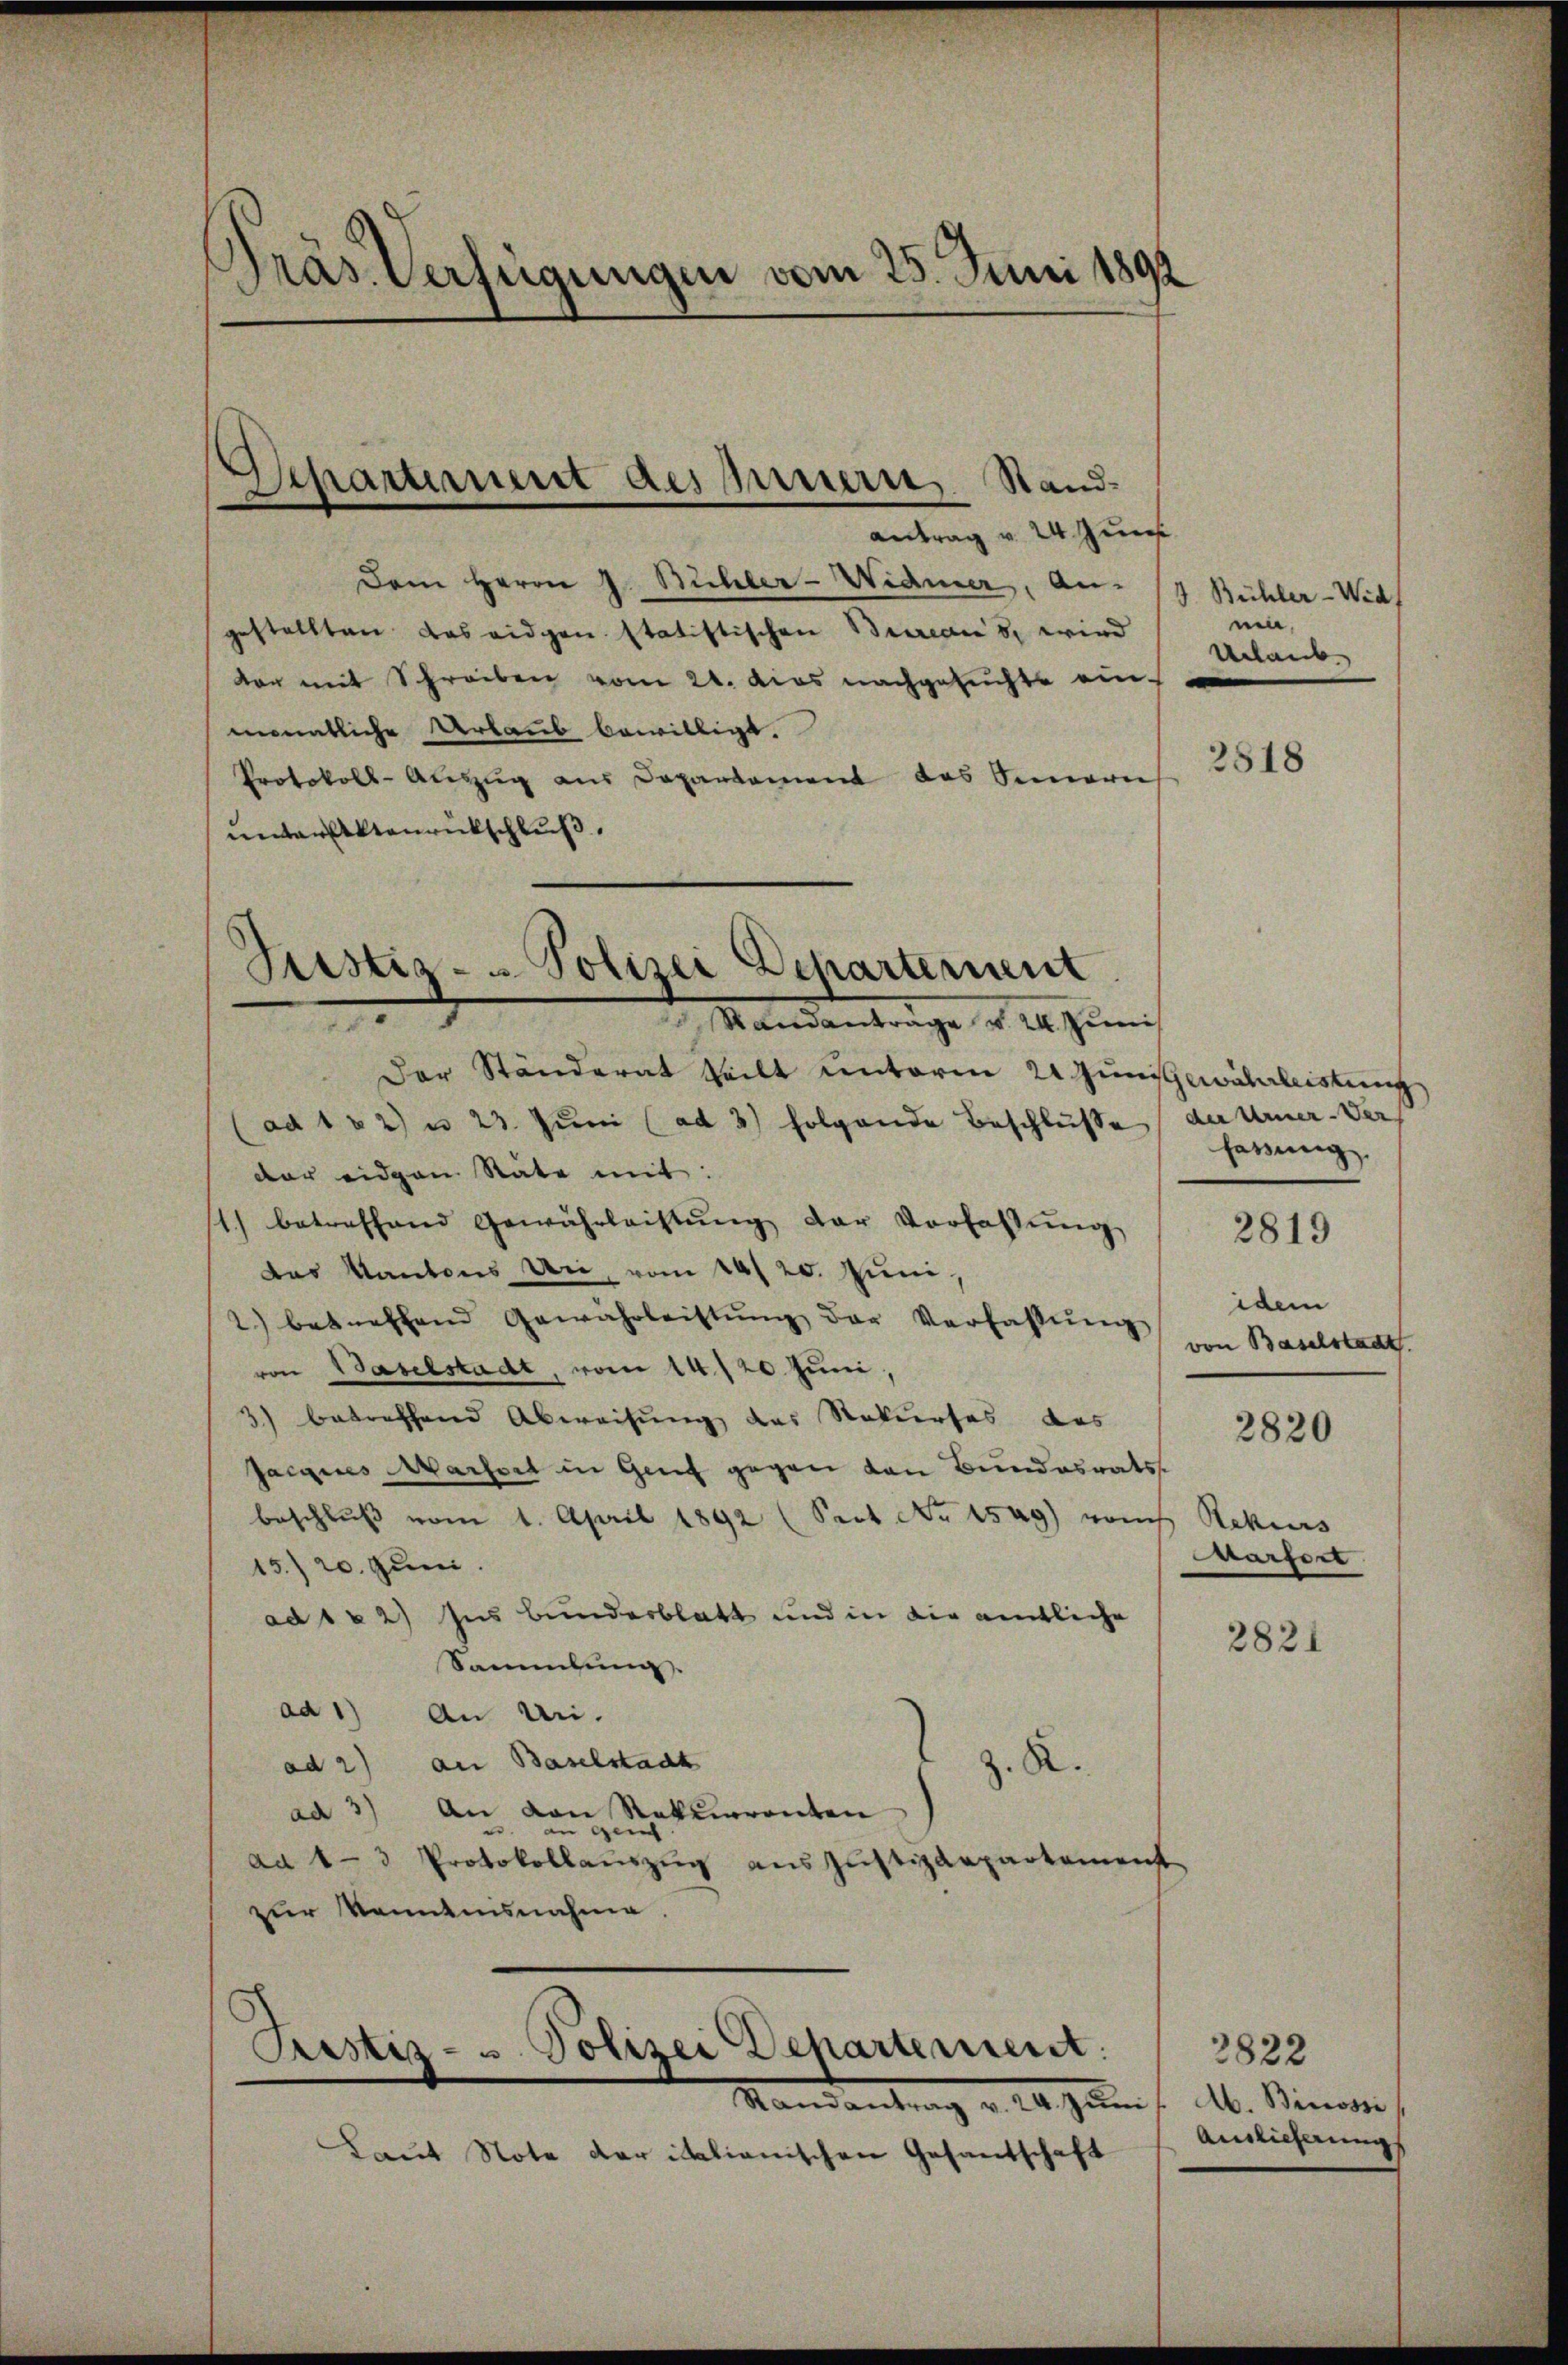
Präs. Verfügungen vom 25. Juni 1892

antrag v. 24. Jun
Dem Herrn J. Bühler-Widmer, An- /9 Bühler-Wid
gestellten das eidgen statistischen Bureaus, wird
dor mit Schreiben vom 21. das nachgesuchte einmonatliche Urlaub bewilligt.
Protokoll-Auszug aus Departement das Innern
unter Aktenrückschluß

Separtiment des Innern, Stand¬

Pustiz- u Polizei Departement
.

Prastiz- u. Polizei Departement.

Sandantrage v. 24. Jŭni
Der Ständerat teilt unterm 21 Gunstgewährleistung
(ad 102) u. 23. Juni (ad 3) folgende Beschlüsse
der eidgen Räte mit:
1) betreffend Gewährlachtung der Vorfassung
das Kantons Uri, vom 24. 20. Juni.
2.) betreffend Gewährleistŭng der Verfassung
von Baselstadt, vom 14./20. Juni,
3) betreffend Abweisung des Rekurses das
Jacques Marseit in Genf gegen den Bundesrats
beschlŭβ vom 1. April 1892 (Sept No 1549) vom Rekurs
15.) 20. Juni.
ad 1 & 2) Ins Bunderblatt und in die amtliche
Sammlung.
ad 1) An Uri.
ad 2) an Baselstadt
ad 3) An dann Stablirrenten J. R.
ad 1-3 Protokollaŭszŭg aŭszŭstizdepartement
zur Kenntnisnahme.

Mandantrag v. 24. Jan
Laut Note der italianischen Gesandschaft

ein,
Urlaub.

2518

der Urner-Vers
fassung.

2819

idem
von Baselstadt

2820

Marfert

2821

3822
A. Binossi
Auslieferung